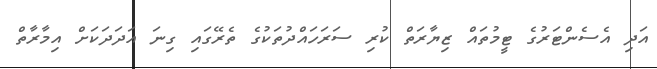
އަދި އެސެންޓަރުގެ ޓީމުތައް ޒިޔާރަތް ކުރި ސަރަހައްދުތަކުގެ ތެރޭގައި ގިނަ އަދަދަކަށް އިމާރާތް